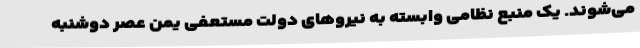
می‌شوند. یک منبع نظامی وابسته به نیروهای دولت مستعفی یمن عصر دوشنبه